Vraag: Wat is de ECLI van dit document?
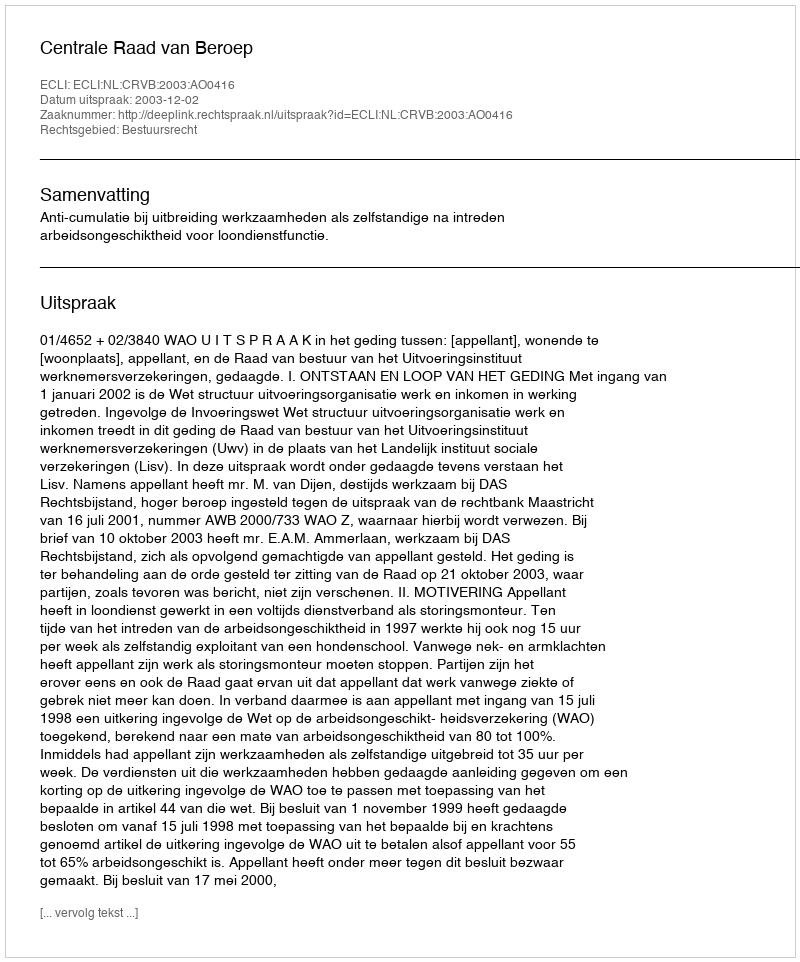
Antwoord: ECLI:NL:CRVB:2003:AO0416